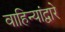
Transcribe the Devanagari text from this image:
वाहिन्यांद्वारे